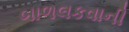
બાળલકવાની